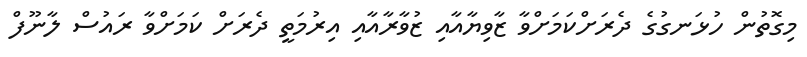
މިގޮތުން ހުޅަނގުގެ ދެރަށްކަމަށްވާ ޒާވިޔާއާއި ޒުވާރާއާއި އިރުމަތީ ދެރަށް ކަމަށްވާ ރައުސް ލާނޫފް